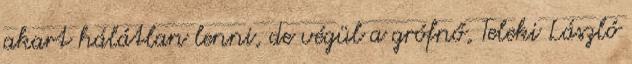
akart hálátlan lenni, de végül a grófnő, Teleki László